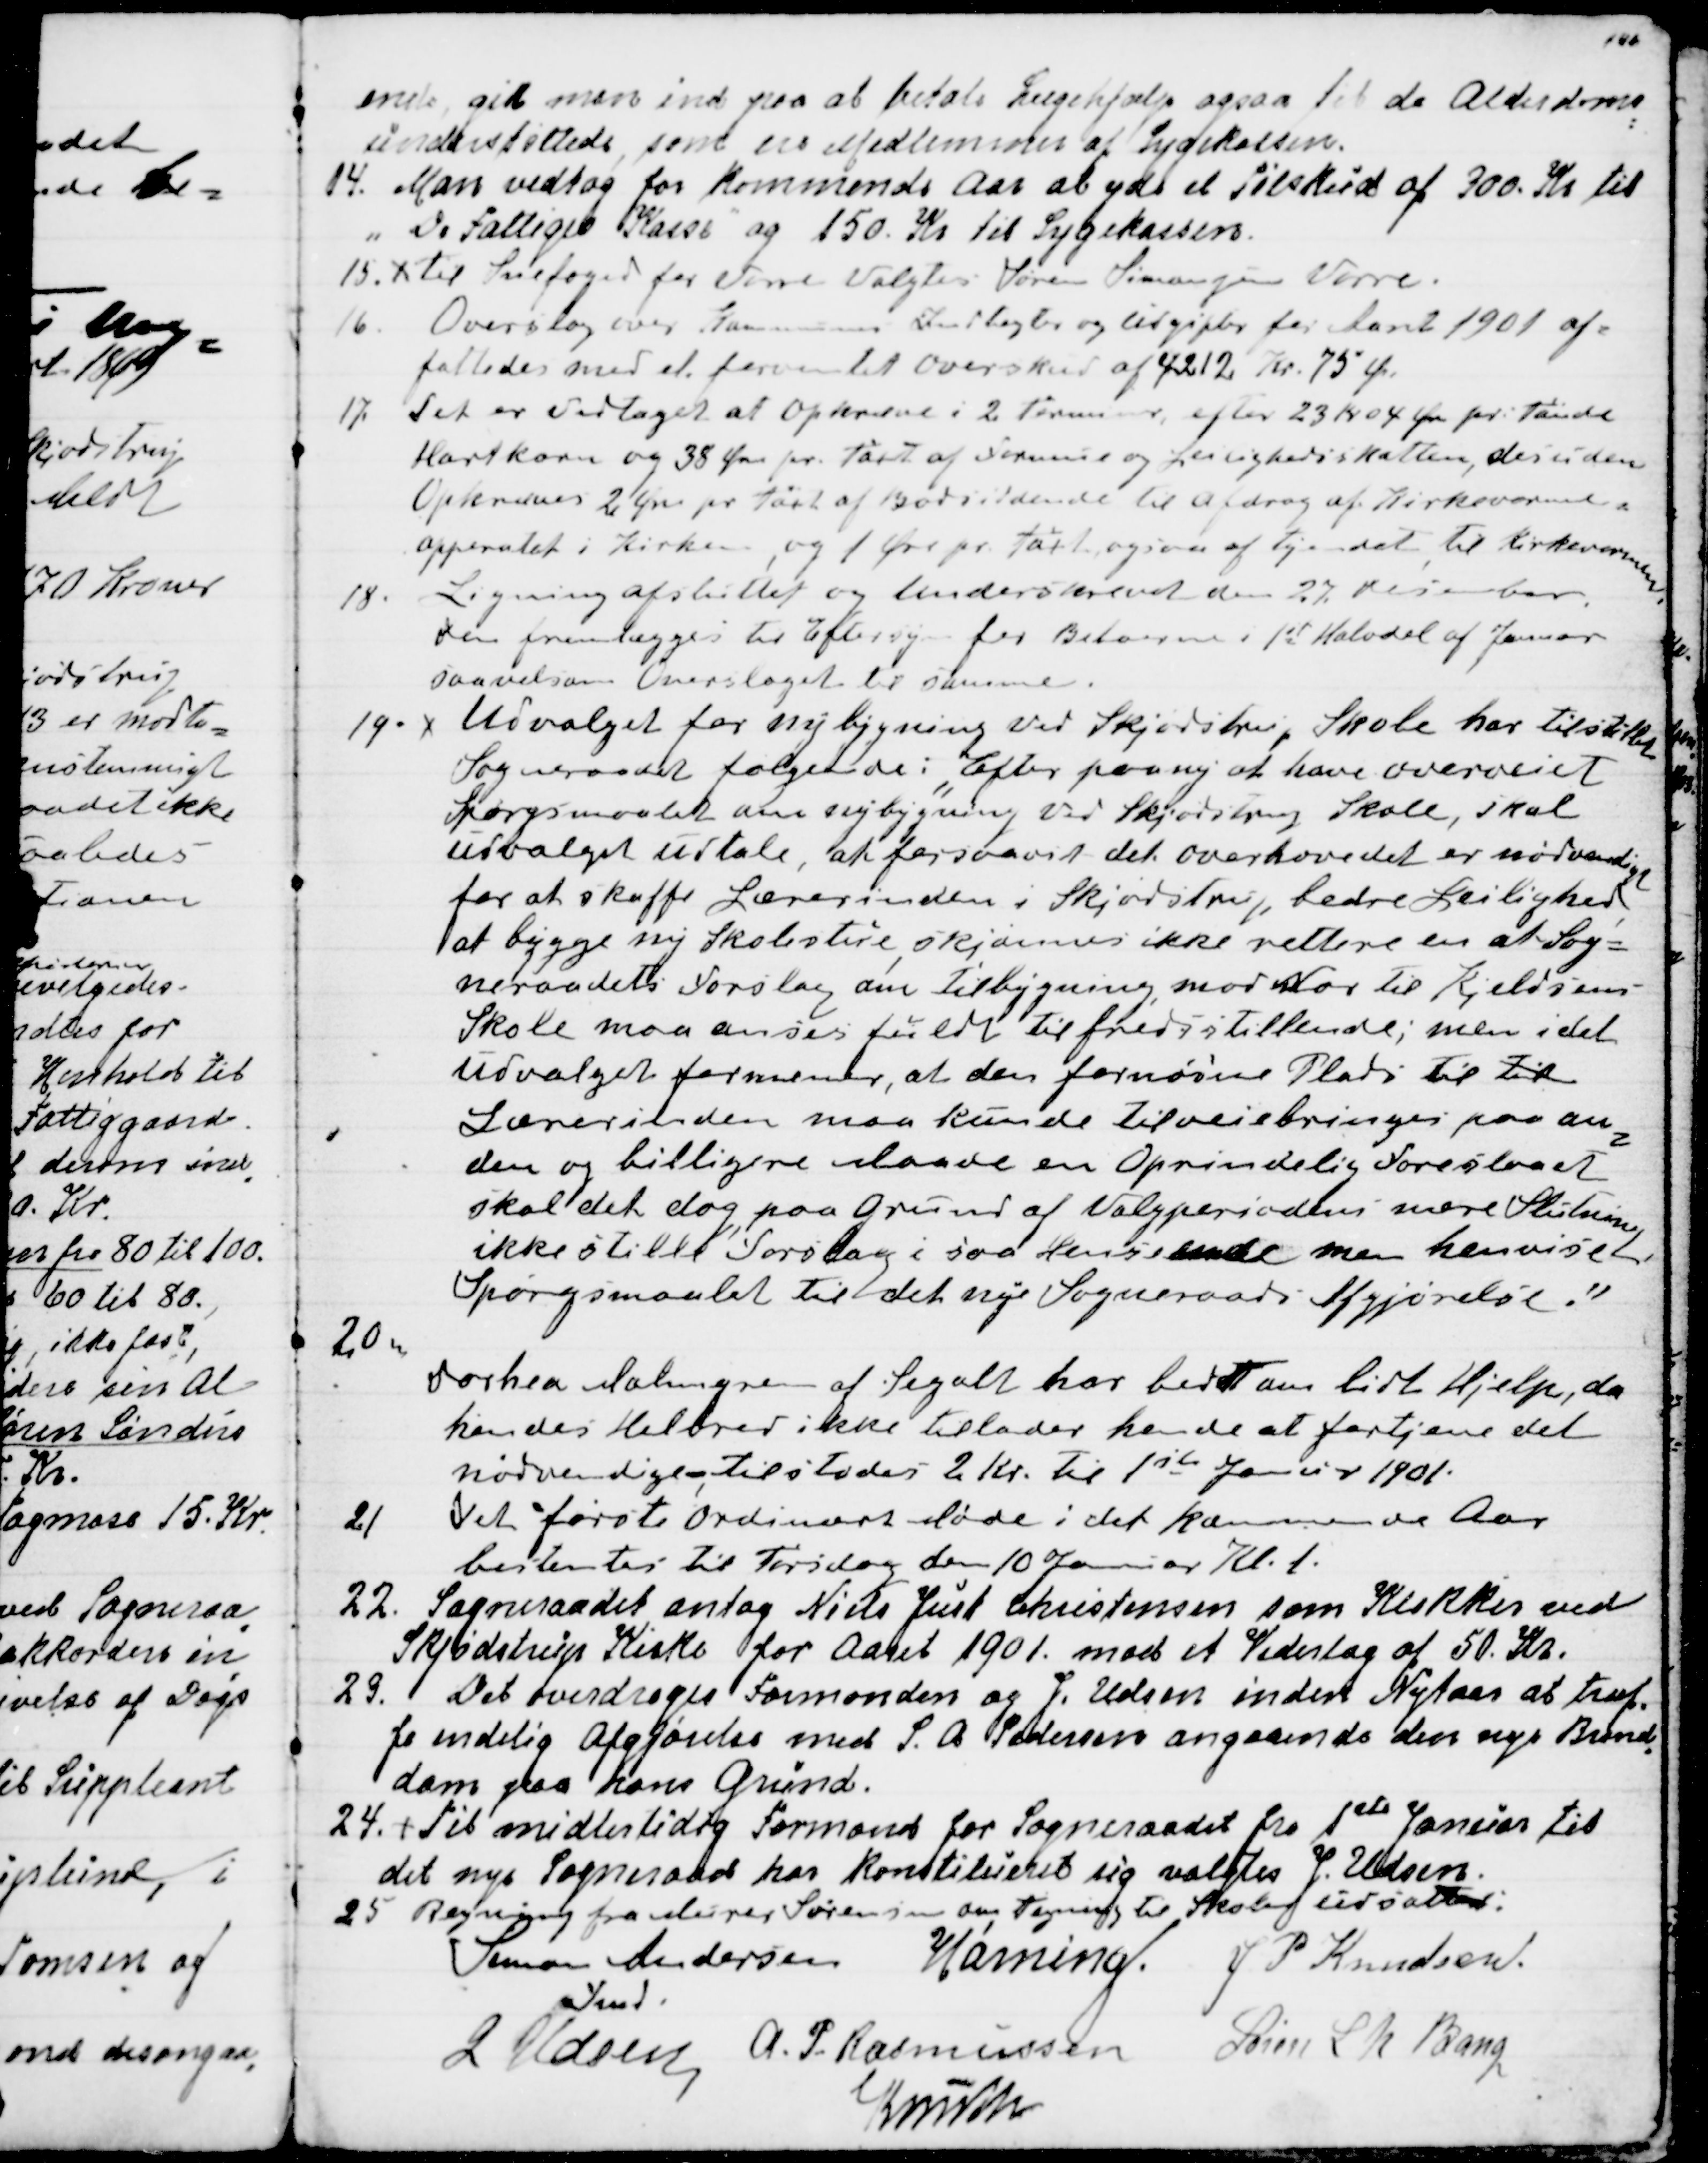
Transskription:
ende, gik man ind paa at betale Lægehjælp ogsaa til de Alderdoms
=
understøttede, som ere Medlemmer af Sygekassen.
14. Man vedtog for kommende Aar at yde et Tilskud af 300. Kr. til
"De Fattiges Kasse" og 150. Kr. til Sygekassen.
15.  Til Snefoged for Vorre valgtes Søren Simonsen Vorre.
16.  Overslag over Kommunens Indtægter og Udgifter for Aaret 1901 af=
fattedes med et forventet Overskud af 4212 Kr. 75 Ø.
17. Det er vedtaget at opkræve i 2 Terminer efter 23 Kr 04 Øre pr. Tønde
Hartkorn og 38 Øre pr. Taxt af Formue og Leilighedsskatten, desuden
Opkræves 2 Øre pr Taxt af Bodsiddende til afdrag af Kirkevarme=
apparatet Kirken  og 1 Øre pr. Taxt ogsaa af tyendet til Kirkevarmen.
18. Ligning afsluttet og underskrevet den 27. December,
den fremlægges til Eftersyn for Beboerne i 1st Halvdel af Januar
saavelsom Overslaget til samme.
19. Udvalget for nybygning ved Skjødstrup Skole har tilstillet
Sogneraadet følgende: "Efter paany at have overveiet
Spørgsmaalet om nybygning ved Skjødstrup Skole, skal
Udvalget udtale, at forudsat det overhovedet er nødvendigt
for at skaffe Lærerinden i Skjødstrup bedre Leilighed
at bygge ny Skolestue, skjønnes ikke rettere en at Sog=
neraadets Forslag om Tilbygning mod Nor til Kjeldsens-
Skole maa anses fuldt tilfredsstillende; men idet
Udvalget formener, at den fornødne Plads til til
Lærerinden maa kunde tilveiebringes paa an
=
den og billigere Maade en Oprindelig foreslået
skal det dog paa Grund af Valgperiodens nære Slutning
ikke stille Forslag i saa Henseende men henvise 
Spørgsmaalet til det nye Sogneraads Afgjørelse."
20.
Dorthea Malmgren af Segalt har bedt om lidt Hjælp, da
hendes Helbred ikke tillader hende at fortjene det
nødvendige-, tilstodes 2 Kr. til 1ste Januar 1901.
21. Det første ordinært Møde i det kommende Aar
bestemtes til Torsdag den 10 Januar Kl. 1.
22. Sogneraadet antog Niels Just Christensen som Klokker ved
Skjødstrup Kirke for Aaret 1901 med et Vederlag af 50. Kr.
23. Det ovedroges Formanden og J. Udsen inden Nytaar at træf
=
fe endelig Afgjørelse med S. A. Pedersen angaaende den nye Brand
=
dam paa hans Grund.
24. Til midlertidig Formand for Sogneraadet fra 1ste Januar til
det nye Sogneraad har konstitueret sig valgtes J. Udsen
25. Regning fra Murer Sørensen om tegning til Skolen udsattes.
Simon Andersen
Fmd.
Hørning.
J P Knudsen.
J Udsen
A P. Rasmussen
Søren L N Bang
Knuth